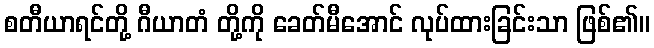
စတီယာရင်တို့ ဂီယာတံ တို့ကို ခေတ်မီအောင် လုပ်ထားခြင်းသာ ဖြစ်၏။